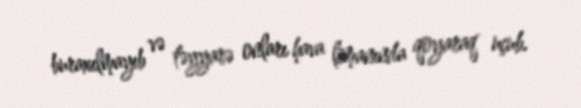
buraxılmayıb və təyyarə onları hava limanında qoyaraq uçub.